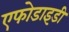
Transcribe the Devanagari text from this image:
एफोडाइडी